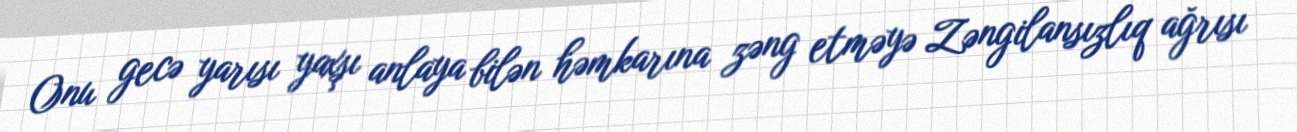
Onu gecə yarısı yaxşı anlaya bilən həmkarına zəng etməyə Zəngilansızlıq ağrısı